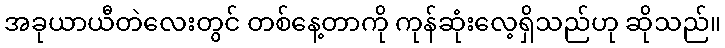
အခုယာယီတဲလေးတွင် တစ်နေ့တာကို ကုန်ဆုံးလေ့ရှိသည်ဟု ဆိုသည်။